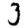
Digit: 3